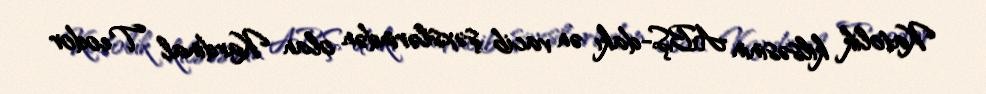
Katolik kilsəsinin ABŞ-dakı ən vacib şəxslərindən olan Kardinal Teodor